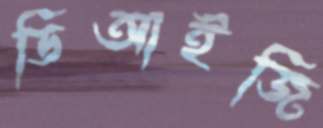
ডিআইজি